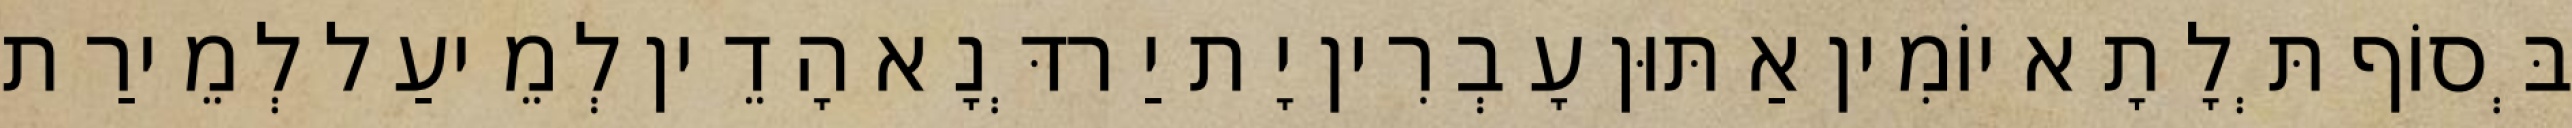
בְּסוֹף תְּלָתָא יוֹמִין אַתּוּן עָבְרִין יָת יַרדְּנָא הָדֵין לְמֵיעַל לְמֵירַת